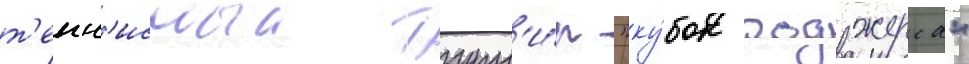
т'енн'исныи турн'и́р "ку́бок роджерса"